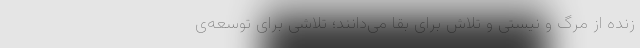
زنده از مرگ و نیستی و تلاش برای بقا می‌دانند؛ تلاشی برای توسعه‌ی